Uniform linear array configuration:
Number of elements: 64
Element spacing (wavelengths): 0.75
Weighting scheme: kaiser
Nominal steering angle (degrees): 15
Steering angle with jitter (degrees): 16.799
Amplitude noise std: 0.05
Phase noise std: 0.05

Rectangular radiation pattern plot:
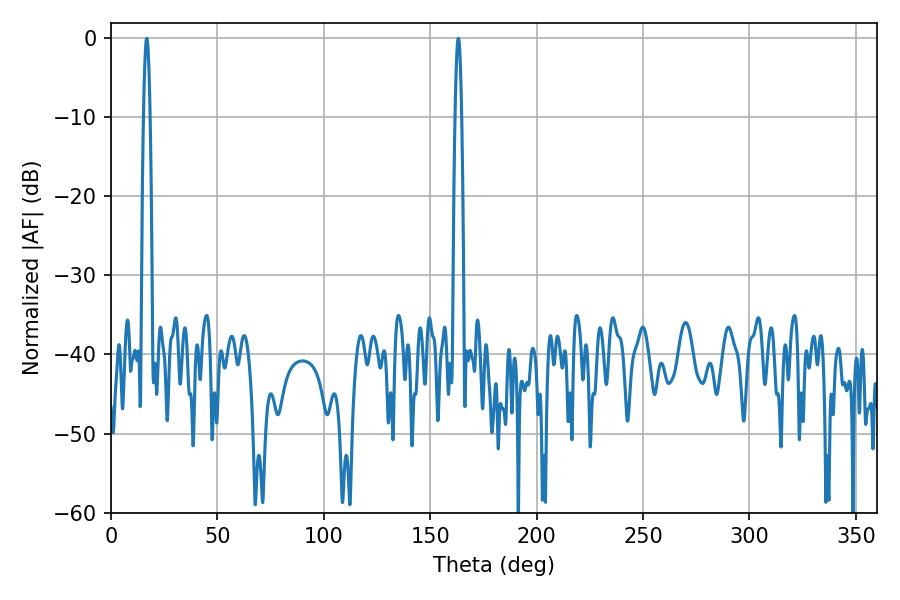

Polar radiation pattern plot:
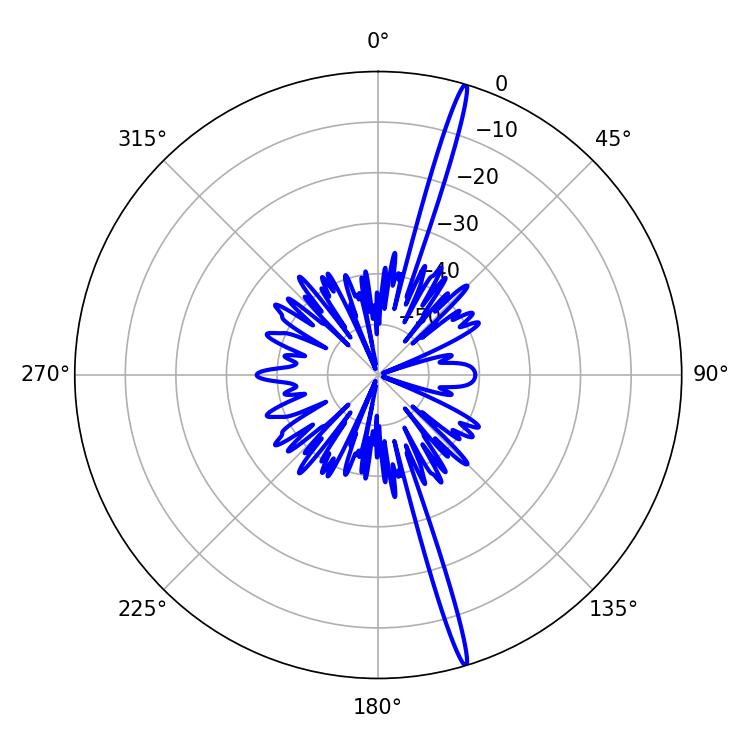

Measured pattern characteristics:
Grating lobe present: TRUE
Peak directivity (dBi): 20.243
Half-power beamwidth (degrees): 1.62
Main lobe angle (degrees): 163.26